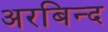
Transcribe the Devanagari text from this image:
अरबिन्द